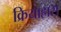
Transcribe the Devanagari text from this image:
क्रियाह्रास